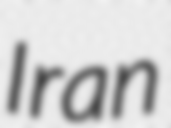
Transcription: Iran